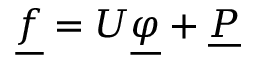
\underline { { f } } = U \underline { { \varphi } } + \underline { { P } }